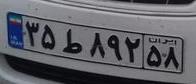
۳۵ط۸۹۲۵۸